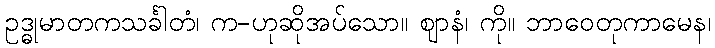
ဥဒ္ဓုမာတကသင်္ခါတံ၊ က-ဟုဆိုအပ်သော။ ဈာနံ၊ ကို။ ဘာဝေတုကာမေန၊